Civil Veterinary Dept. Bombay admin report 1907-1913 - 1907-1913
Year: 1907
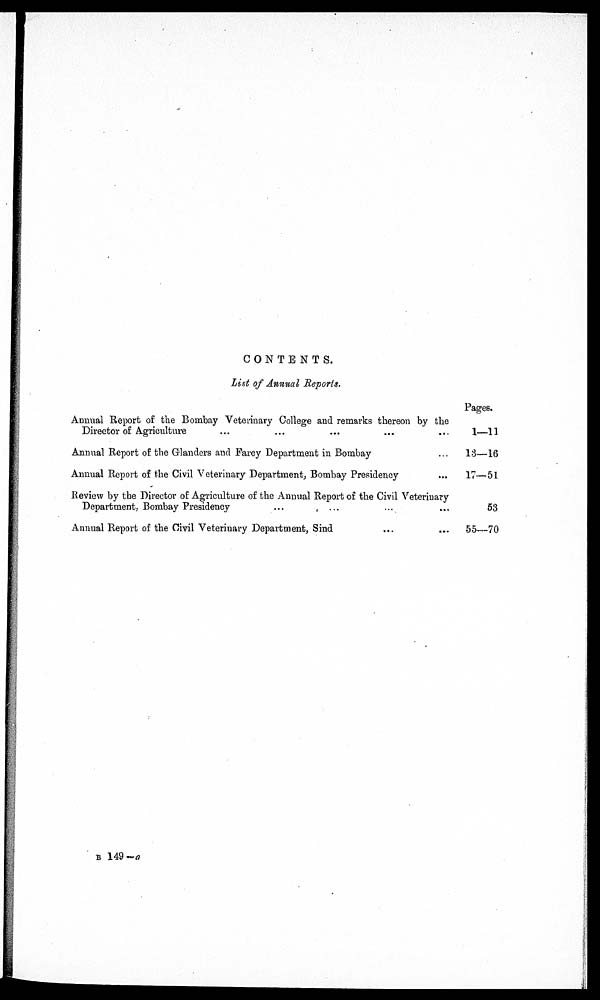
CONTENTS.
List of Annual Reports.
Annual Report of the Bombay Veterinary College and remarks thereon by the
Director of Agriculture ... ... ... ... ...
Annual Report of the Grlanders and Farcy Department in Bombay ...
Annual Report of the Civil Veterinary Department, Bombay Presidency ...
Review by the Director of Agriculture of the Annual Report of the Civil Veterinary
Department, Bombay Presidency
... ... ... ...
Annual Report of the Civil Veterinary Department, Sind ... ...
Pages.
1—11
13—16
17—51
53
55—70
B 149 —a